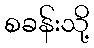
စခန်းသို့